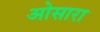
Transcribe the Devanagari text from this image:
ओसारा